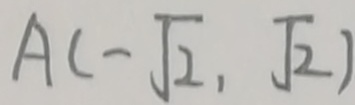
A ( - \sqrt { 2 } , \sqrt { 2 } )